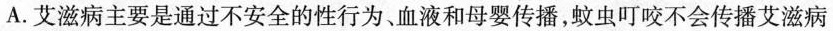
A.艾滋病主要是通过不安全的性行为、血液和母婴传播，蚊虫叮咬不会传播艾滋病